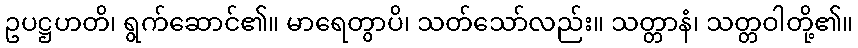
ဥပဋ္ဌဟတိ၊ ရွက်ဆောင်၏။ မာရေတွာပိ၊ သတ်သော်လည်း။ သတ္တာနံ၊ သတ္တဝါတို့၏။